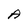
Character: A